Scottish Leaving Certificate Examination, 1953
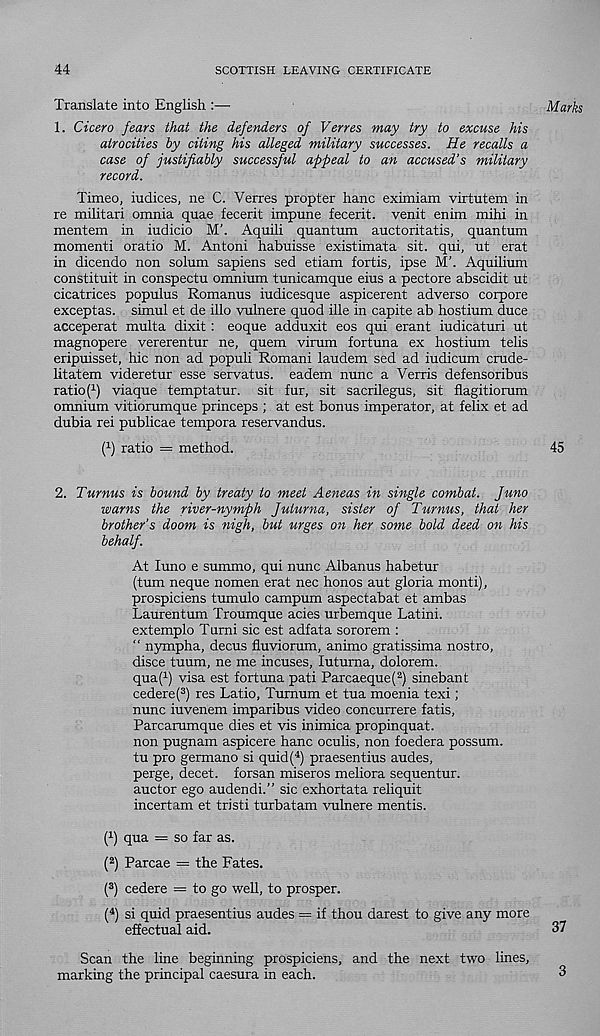
44
SCOTTISH LEAVING CERTIFICATE
Translate into English :—
Marks
1. Cicero fears that the defenders of Verres may try to excuse his
atrocities by citing his alleged military successes. He recalls a
case of justifiably successful appeal to an accused’s military
record.
Timeo, indices, ne C. Verres propter hanc eximiam virtutem in
re militari omnia quae fecerit impune fecerit. venit enim mihi in
mentem in iudicio M’. Aquili quantum auctoritatis, quantum
momenti oratio M. Antoni habuisse existimata sit. qui, ut erat
in dicendo non solum sapiens sed etiam fortis, ipse M’. Aquilium
constituit in conspectu omnium tunicamque eius a pectore abscidit ut
cicatrices populus Romanus iudicesque aspicerent adverse corpore
exceptas. simul et de illo vulnere quod ille in capite ab hostium duce
acceperat multa dixit: eoque adduxit eos qui erant iudicaturi ut
magnopere vererentur ne, quern virum fortuna ex hostium telis
eripuisset, hie non ad populi Romani laudem sed ad iudicum crude-
litatem videretur esse servatus. eadem nunc a Verris defensoribus
ratio P) viaque temptatur. sit fur, sit sacrilegus, sit flagitiorum
omnium vitiorumque princeps ; at est bonus imperator, at felix et ad
dubia rei publicae tempora reservandus.
If) ratio = method.
45
2. Turnus is bound by treaty to meet Aeneas in single combat. Juno
warns the river-nymph Julurna, sister of Turnus, that her
brother’s doom is nigh, but urges on her some bold deed on his
behalf.
At luno e summo, qui nunc Albanus habetur
(turn neque nomen erat nec honos aut gloria monti),
prospiciens tumulo campum aspectabat et ambas
Laurentum Troumque acies urbemque Latini.
extemplo Tumi sic est adfata sororem :
“ nympha, decus fluviorum, animo gratissima nostro,
disce tuum, ne me incuses, luturna, dolorem.
qua( 1 ) visa est fortuna pati Parcaeque( 2 ) sinebant
cedere( 3 ) res Latio, Tumum et tua moenia texi;
nunc iuvenem imparibus video concurrere fatis,
Parcarumque dies et vis inimica propinquat.
non pugnam aspicere hanc oculis, non foedera possum,
tu pro germano si quid( 4 ) praesentius audes,
perge, decet. forsan miseros meliora sequentur.
auctor ego audendi.” sic exhortata reliquit
incertam et tristi turbatam vulnere mentis.
( 1 ) qua = so far as.
( 2 ) Parcae = the Fates.
( 3 ) cedere = to go well, to prosper.
( 4 ) si quid praesentius audes = if thou darest to give any more
effectual aid.
37
Scan the line beginning prospiciens, and the next two lines,
marking the principal caesura in each.
3